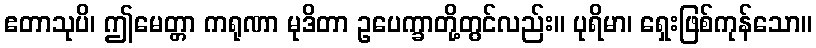
ဧတာသုပိ၊ ဤမေတ္တာ ကရုဏာ မုဒိတာ ဥပေက္ခာတို့တွင်လည်း။ ပုရိမာ၊ ရှေးဖြစ်ကုန်သော။